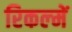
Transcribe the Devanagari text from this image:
रिकल्‍में